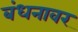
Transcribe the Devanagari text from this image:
बंधनावर